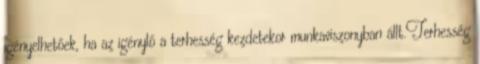
igényelhetőek, ha az igénylő a terhesség kezdetekor munkaviszonyban állt.Terhesség